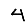
Digit: 4